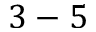
3 - 5